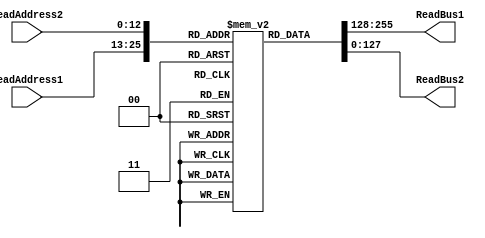
/*module************************************
*
* NAME:  sram_2R
*
* DESCRIPTION:   
*	Memory for Graph: 8K*128bits, 2 read ports
*  
* REVISION HISTORY
*   Date     Programmer    Description
*   2/4/13   Wenxu Zhao    Version 1.0
*    
*M*/

module SRAM_2R (ReadAddress1, ReadAddress2, ReadBus1, ReadBus2);
input  [12:0]  ReadAddress1, ReadAddress2; // Change as you change size of SRAM
output [127:0] ReadBus1;
output [127:0] ReadBus2;

reg [127:0] Register [0:8191];   // 8192 words, with each 128 bits wide
reg [127:0] ReadBus1;
reg [127:0] ReadBus2;

// Note the 4 ns delay - this is the OUTPUT DELAY FOR THE MEMORY FOR SYNTHESIS
always@(*) 
  begin 
    #4 ReadBus1  =  Register[ReadAddress1];
    ReadBus2  =  Register[ReadAddress2];
  end
endmodule